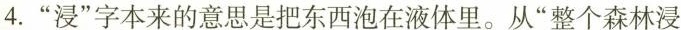
4.”浸”字本来的意思是把东西泡在液体里。从”整个森林浸